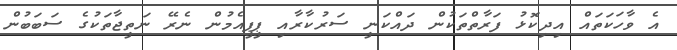
އެ ވާހަކަތައް އިދިކޮޅު ފަރާތްތަކުން ދައްކަނީ ސަރުކާރާއި ޕީޕީއެމުން ނެރޭ ނަތީޖާތަކުގެ ސަބަބުން